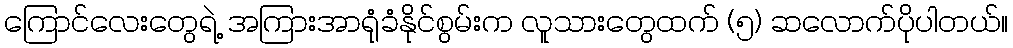
ကြောင်လေးတွေရဲ့ အကြားအာရုံခံနိုင်စွမ်းက လူသားတွေထက် (၅) ဆလောက်ပိုပါတယ်။